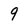
Character: 9